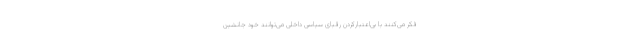
فکر می‌کنند با بی‌اعتبارکردن رقبای سیاسی داخلی می‌توانند خود جانشین